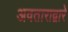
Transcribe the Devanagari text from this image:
अवताराद्वारे